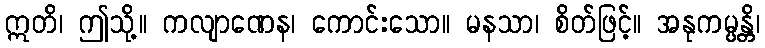
ဣတိ၊ ဤသို့။ ကလျာဏေန၊ ကောင်းသော။ မနသာ၊ စိတ်ဖြင့်။ အနုကမ္ပန္တိ၊